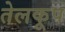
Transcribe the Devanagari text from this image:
तेलकूप